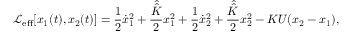
\mathcal { L } _ { \mathrm { e f f } } [ x _ { 1 } ( t ) , x _ { 2 } ( t ) ] = \frac { 1 } { 2 } \dot { x } _ { 1 } ^ { 2 } + \frac { \hat { \hat { K } } } { 2 } x _ { 1 } ^ { 2 } + \frac { 1 } { 2 } \dot { x } _ { 2 } ^ { 2 } + \frac { \hat { \hat { K } } } { 2 } x _ { 2 } ^ { 2 } - K U ( { x } _ { 2 } - { x } _ { 1 } ) ,